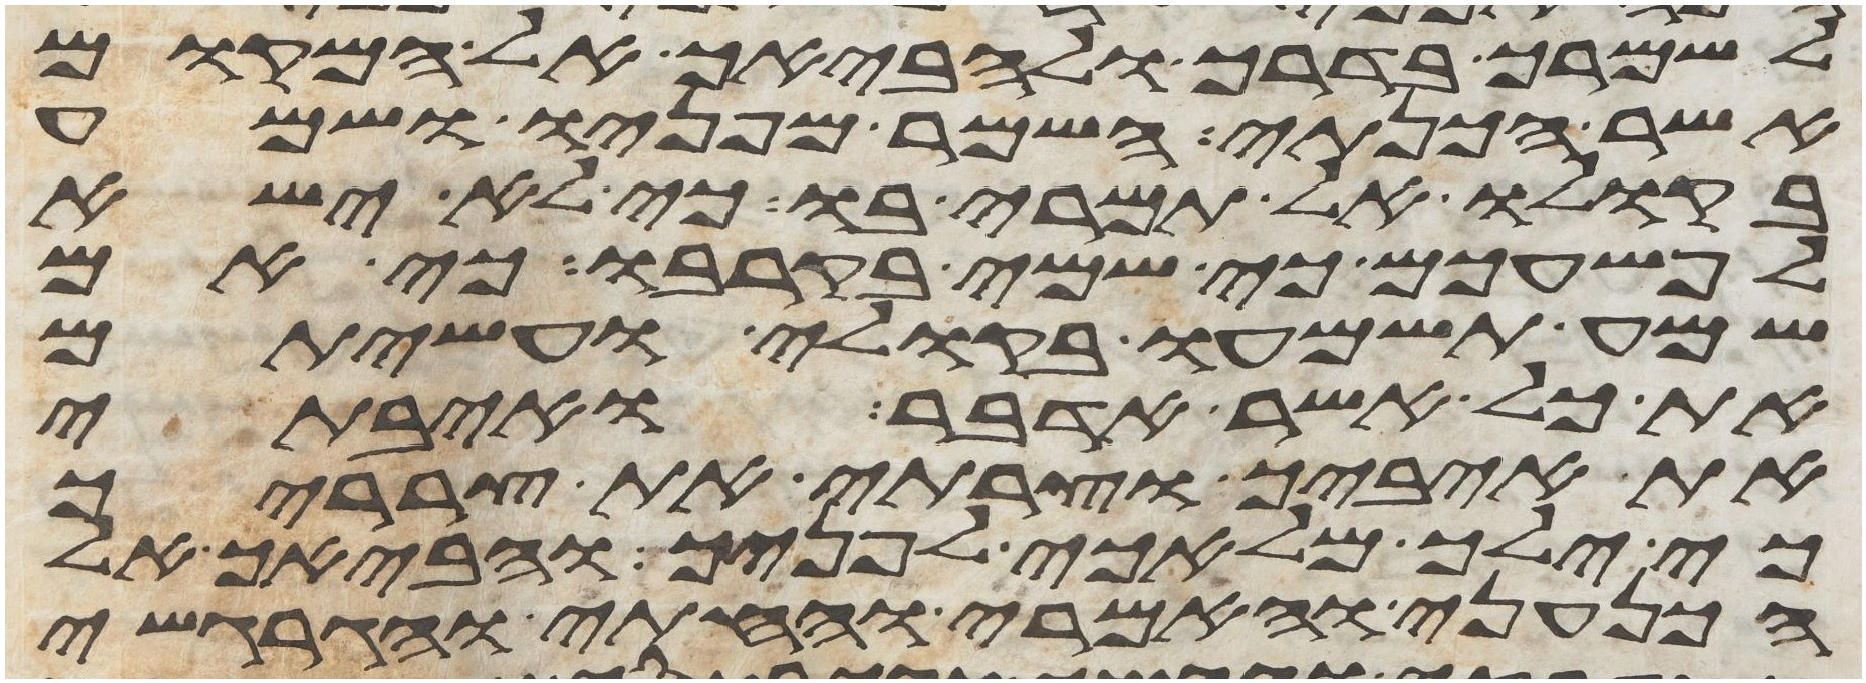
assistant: לשמרך בדרך ולהביאך אל המקום
אשר הכנתי השמר מפניו ושמע
בקולו אל תמרי בו כי לא ישא
לפשעכם כי שמי בקרבו כי אם
שמע תשמעו בקולי ועשיתם
את כל אשר אדבר ואיבתי
את איביך וצרתי את צרריך
כי ילך מלאכי לפניך והביאך אל
הכנעני והאמרי והחתי והגרגשי